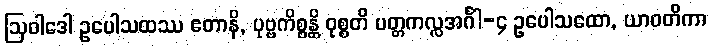
ဩဝါဒေါ ဥပေါသထဿ ဧတာနိ, ပုဗ္ဗကိစ္စန္တိ ဝုစ္စတိ ပတ္တကလ္လအင်္ဂါ-၄ ဥပေါသထော, ယာဝတိကာ